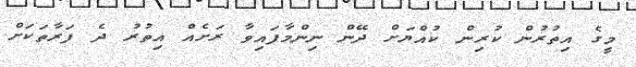
މީގެ އިތުރުން ކުރިން ކުއްޔަށް ދޭން ނިންމާފައިވާ ރަށެއް އިތުރު ދެ ފަރާތަކަށް